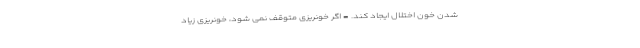
شدن خون اختلال ایجاد کند. - اگر خونریزی متوقف نمی شود، خونریزی زیاد